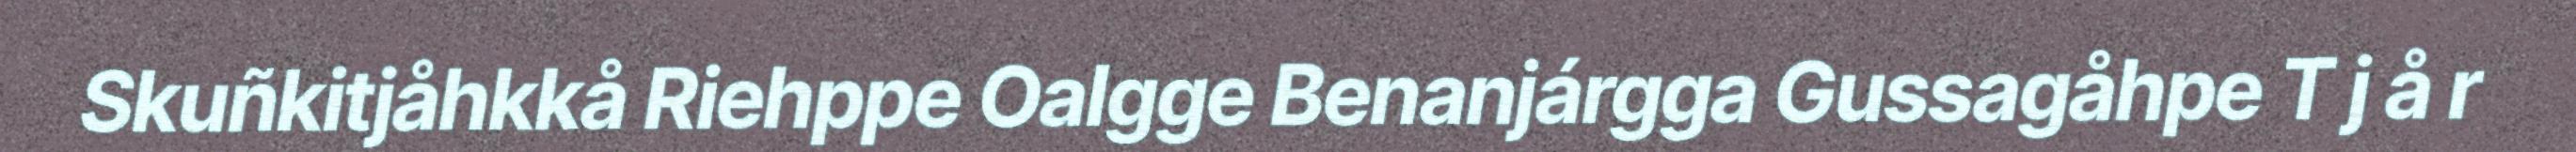
Skuñkitjåhkkå Riehppe Oalgge Benanjárgga Gussagåhpe T j å r